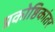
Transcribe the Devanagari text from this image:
प्रकोष्ठिकांतर